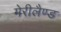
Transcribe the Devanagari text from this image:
मेरीलैण्ड